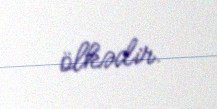
ölkədir.